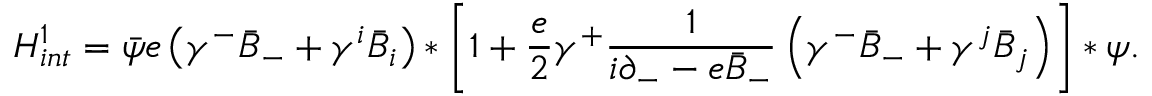
{ H } _ { i n t } ^ { 1 } = \bar { \psi } e \left( \gamma ^ { - } \bar { B } _ { - } + \gamma ^ { i } \bar { B } _ { i } \right) \ast \left[ 1 + \frac { e } { 2 } \gamma ^ { + } \frac { 1 } { i \partial _ { - } - e \bar { B } _ { - } } \left( \gamma ^ { - } \bar { B } _ { - } + \gamma ^ { j } \bar { B } _ { j } \right) \right] \ast \psi .